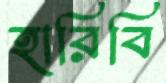
হারিবি